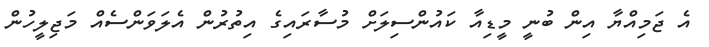
އެ ޖަމިއްޔާ އިން ބުނީ މީޑިއާ ކައުންސިލަށް މުސާރައިގެ އިތުރުން އެލަވަންސެއް މަޖިލީހުން